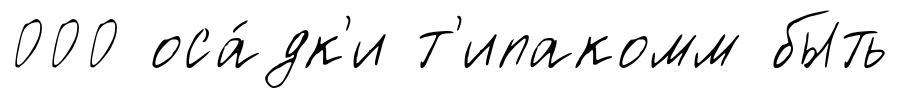
000 оса́дк'и т'ипакомм быть